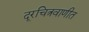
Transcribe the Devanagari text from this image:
दूरचित्रवाणीत